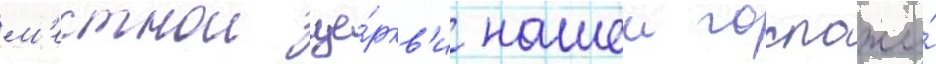
м'естнои це́ркв'и нашеи госпожи́